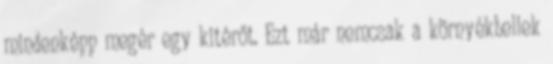
mindenképp megér egy kitérőt. Ezt már nemcsak a környékbeliek